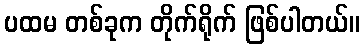
ပထမ တစ်ခုက တိုက်ရိုက် ဖြစ်ပါတယ်။